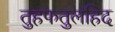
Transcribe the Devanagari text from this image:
तुहफतुलहिद